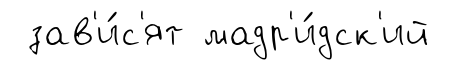
зав'и́с'ят мадр'и́дск'ий